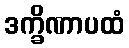
ဒက္ခိဏာပထံ